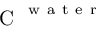
\mathrm { ~ C ~ } ^ { \mathrm { ~ w ~ a ~ t ~ e ~ r ~ } }